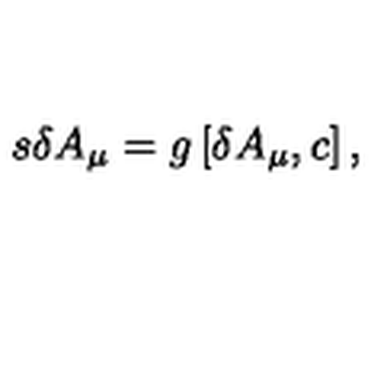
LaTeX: s \delta A _ { \mu } = g \left[ \delta A _ { \mu } , c \right] ,